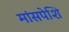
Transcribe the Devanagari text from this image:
मांसपेशि